Vaccination United Provinces of Agra and Oudh 1923-1928 - 1923-1928
Year: 1923
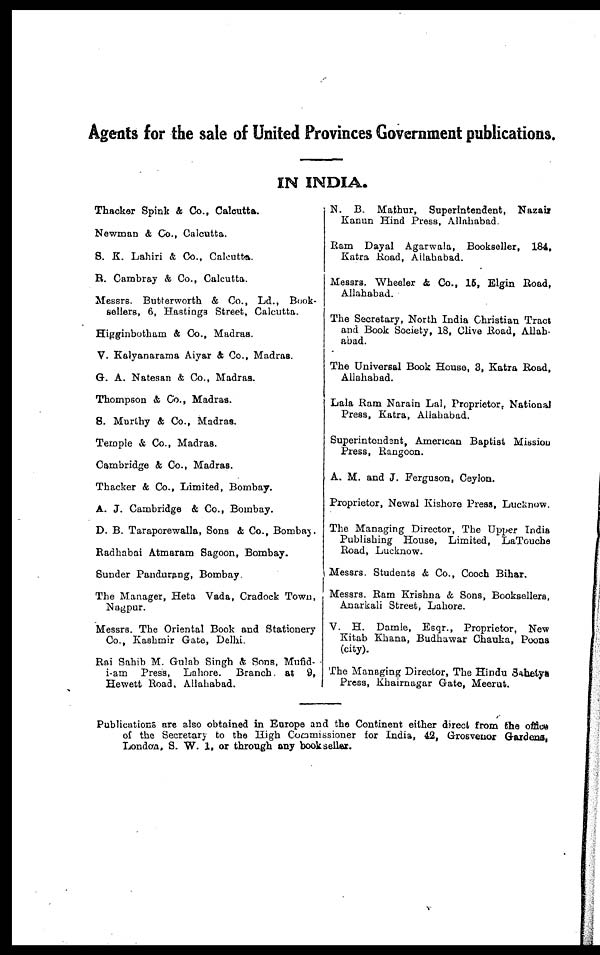
Agents for the sale of United Provinces Government publications.
IN INDIA.
Thacker Spink & Co., Calcutta.
Newman & Co., Calcutta.
S. K. Lahiri & Co., Calcutta.
R. Cambray & Co., Calcutta.
Messrs. Butterworth & Co., Ld., Book-
sellers, 6, Hastings Street, Calcutta.
Higginbotham & Co., Madras.
V. Kalyanarama Aiyar & Co., Madras.
G. A. Natesan & Co., Madras.
Thompson & Co., Madras.
S. Murthy & Co., Madras.
Temple & Co., Madras.
Cambridge & Co., Madras.
Thacker & Co., Limited, Bombay.
A. J. Cambridge & Co., Bombay.
D. B. Taraporewalla, Sons & Co., Bombay.
Radhabai Atmaram Sagoon, Bombay.
Sunder Pandurang, Bombay.
The Manager, Heta Vada, Cradock Town,
Nagpur.
Messrs. The Oriental Book and Stationery
Co., Kashmir Gate, Delhi.
Rai Sahib M. Gulab Singh & Sons, Mufid-
i-am Press, Lahore. Branch. at 9,
Hewett Road, Allahabad.
N. B. Mathur, Superintendent, Nazair
Kanun Hind Press, Allahabad.
Ram Dayal Agarwala, Bookseller, 184,
Katra Road, Allahabad.
Messrs. Wheeler & Co., 15, Elgin Road,
Allahabad.
The Secretary, North India Christian Tract
and Book Society, 18, Clive Road, Allah-
abad.
The Universal Book House, 3, Katra Road,
Allahabad.
Lala Ram Narain Lal, Proprietor, National
Press, Katra, Allahabad.
Superintendant, American Baptist Mission
Press, Rangoon.
A. M. and J. Ferguson, Ceylon.
Proprietor, Newal Kishore Press, Lucknow.
The Managing Director, The Upper India
Publishing House, Limited, LaTouche
Road, Lucknow.
Messrs. Students & Co., Cooch Bihar.
Messrs. Ram Krishna & Sons, Booksellers,
Anarkali Street, Lahore.
V. H. Damle, Esqr., Proprietor, New
Kitab Khana, Budhawar Chauka, Poona
(city).
The Managing Director, The Hindu Sahetya
Press, Khairnagar Gate, Meerut.
Publications are also obtained in Europe and the Continent either direct from the office
of the Secretary to the High Commissioner for India, 42, Grosvenor Gardens,
London, S. W. 1, or through any bookseller.